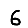
Digit: 6